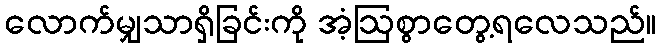
လောက်မျှသာရှိခြင်းကို အံ့ဩစွာတွေ့ရလေသည်။